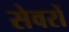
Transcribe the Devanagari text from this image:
सेवरों